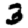
Digit: 3